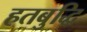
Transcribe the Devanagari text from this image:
हतबुद्धि